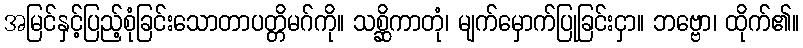
အမြင်နှင့်ပြည့်စုံခြင်းသောတာပတ္တိမဂ်ကို။ သစ္ဆိကာတုံ၊ မျက်မှောက်ပြုခြင်းငှာ။ ဘဗ္ဗော၊ ထိုက်၏။